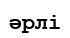
әрлі